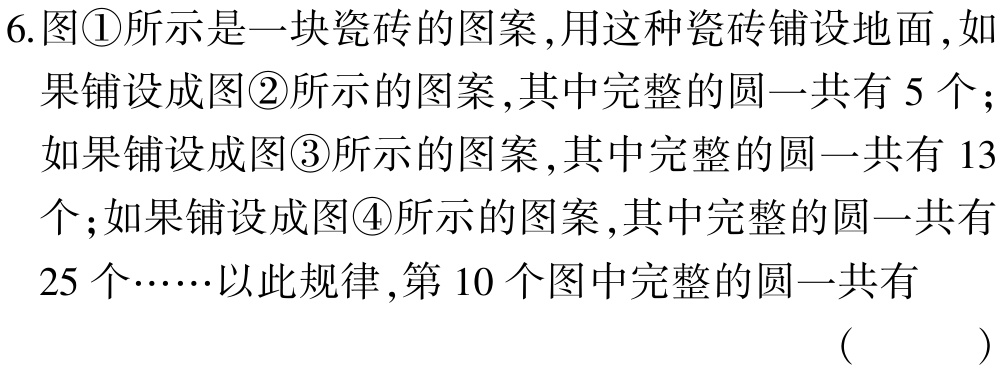
6.图\textcircled{1}所示是一块瓷砖的图案,用这种瓷砖铺设地面,如

果铺设成图\textcircled{2}所示的图案,其中完整的圆一共有 5 个;

如果铺设成图\textcircled{3}所示的图案,其中完整的圆一共有 13

个;如果铺设成图\textcircled{4}所示的图案,其中完整的圆一共有

25 个……以此规律,第 10 个图中完整的圆一共有

( )